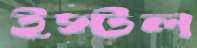
ইস্টল